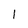
Character: 1